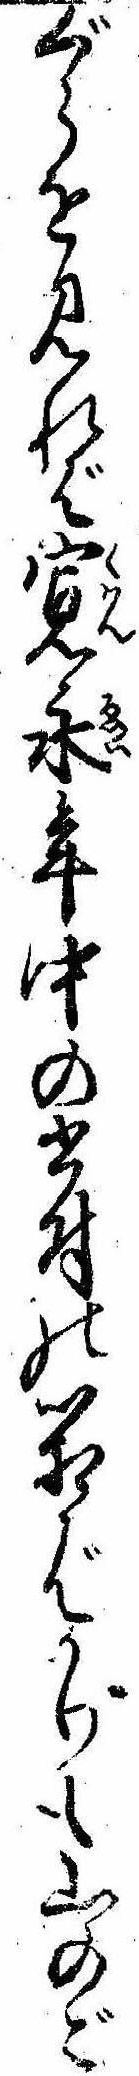
ぐらを見れば寛永年中の書付の箱ばかりも山のご